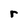
Character: r